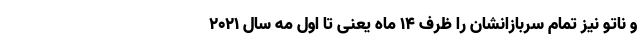
و ناتو نیز تمام سربازانشان را ظرف ۱۴ ماه یعنی تا اول مه سال ۲۰۲۱